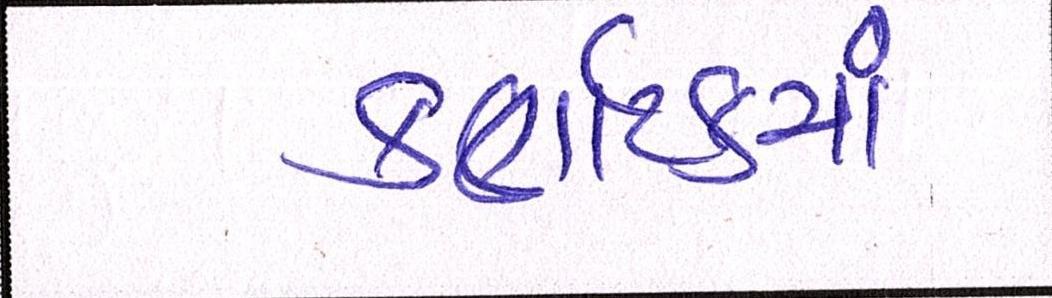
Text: કર્ણાટકમાં